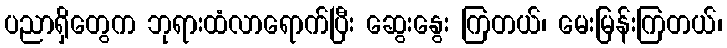
ပညာရှိတွေက ဘုရားထံလာရောက်ပြီး ဆွေးနွေး ကြတယ်၊ မေးမြန်းကြတယ်၊